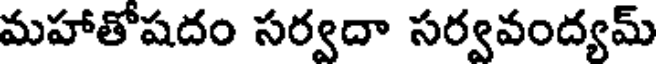
మహాతోషదం సర్వదా సర్వవంద్యమ్